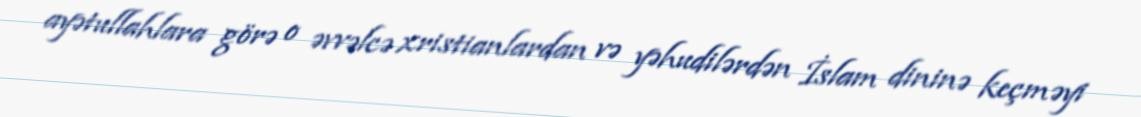
ayətullahlara görə o əvvəlcə xristianlardan və yəhudilərdən İslam dininə keçməyi